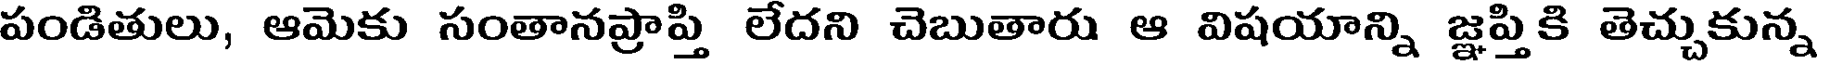
పండితులు, ఆమెకు సంతానప్రాప్తి లేదని చెబుతారు ఆ విషయాన్ని జ్ఞప్తికి తెచ్చుకున్న